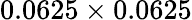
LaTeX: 0.0625\times 0.0625